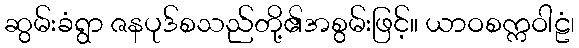
ဆွမ်းခံရွာ ဇနပုဒ်စသည်တို့၏အစွမ်းဖြင့်။ ယာဝစက္ကဝါဠံ၊